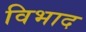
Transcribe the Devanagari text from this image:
विभाद